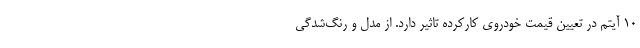
۱۰ آیتم در تعیین قیمت خودروی کارکرده تاثیر دارد. از مدل و رنگ‌شدگی